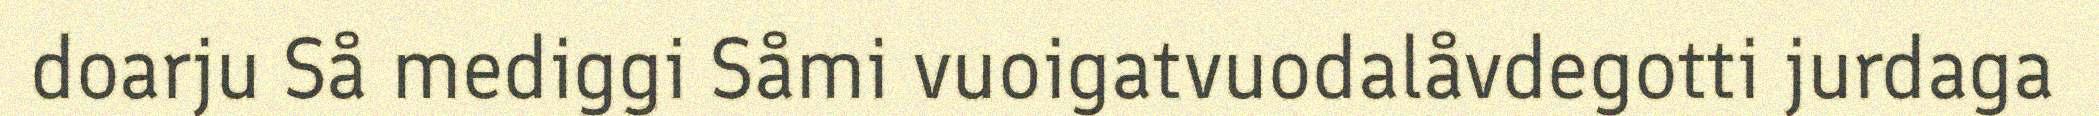
doarju Så mediggi Såmi vuoigatvuodalåvdegotti jurdaga